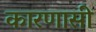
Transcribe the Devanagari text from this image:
कारणासी